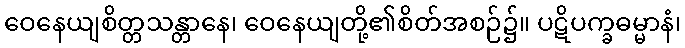
ဝေနေယျစိတ္တသန္တာနေ၊ ဝေနေယျတို့၏စိတ်အစဉ်၌။ ပဋိပက္ခဓမ္မာနံ၊